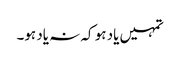
تمہیں یاد ہو کہ نہ یاد ہو۔